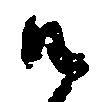
御